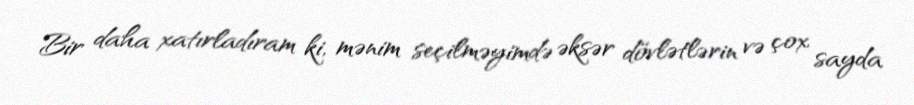
Bir daha xatırladıram ki, mənim seçilməyimdə əksər dövlətlərin və çox sayda